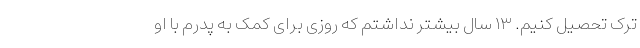
ترک تحصیل کنیم. ۱۳ سال بیشتر نداشتم که روزی برای کمک به پدرم با او